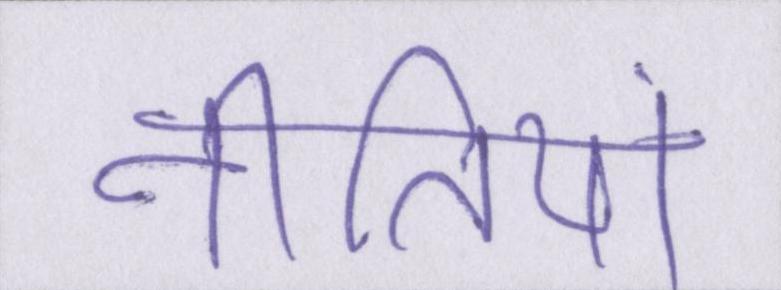
नीतियां